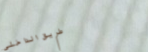
طريق الداخلي